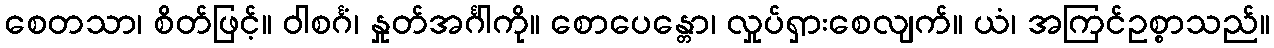
စေတသာ၊ စိတ်ဖြင့်။ ဝါစင်္ဂံ၊ နှုတ်အင်္ဂါကို။ စောပေန္တော၊ လှုပ်ရှားစေလျက်။ ယံ၊ အကြင်ဥစ္စာသည်။